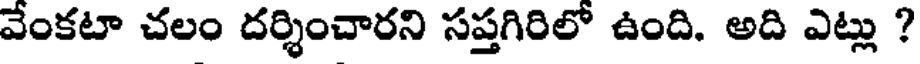
వేంకటా చలం దర్శించారని సప్తగిరిలో ఉంది. అది ఎట్లు ?